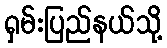
ရှမ်းပြည်နယ်သို့